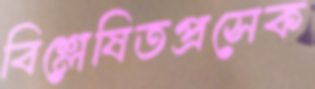
বিশ্লেষিতপ্রসেক